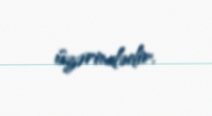
üzərindədir.